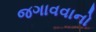
જગાવવાનો